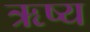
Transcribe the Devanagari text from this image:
ऋष्य